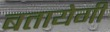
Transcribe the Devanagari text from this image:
बतायेगी